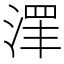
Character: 𱧓